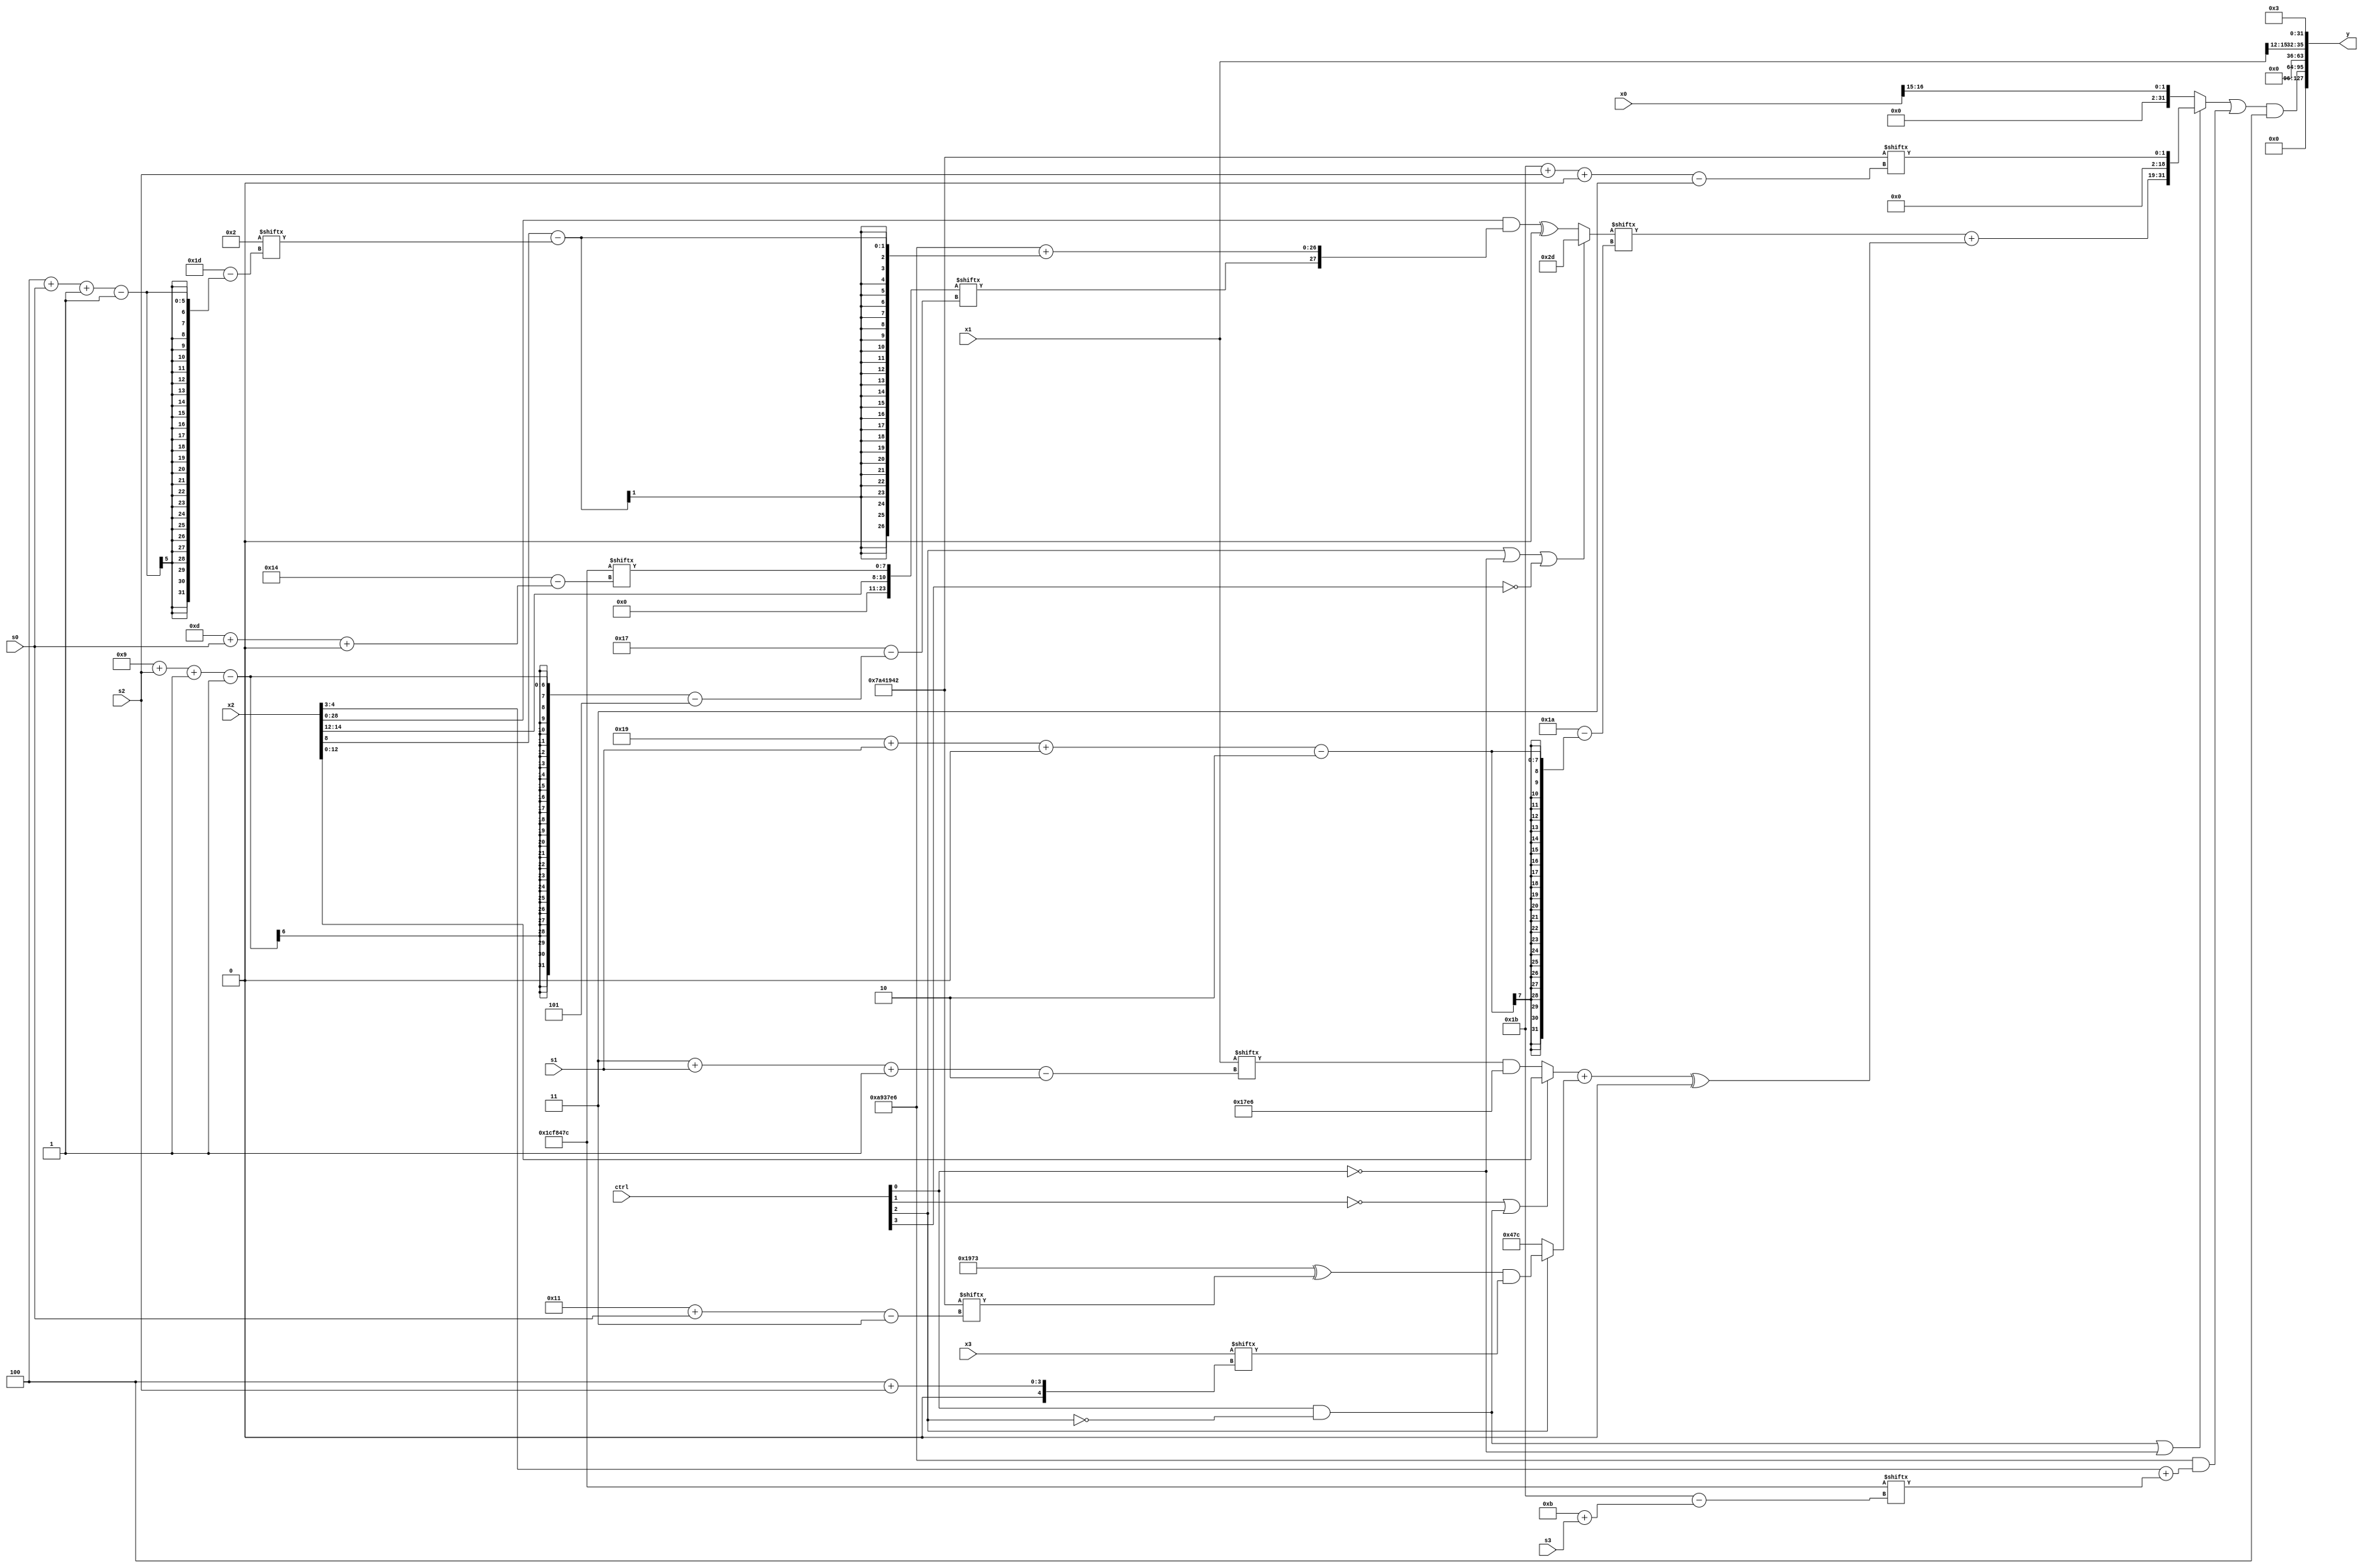
module partsel_00782(ctrl, s0, s1, s2, s3, x0, x1, x2, x3, y);
  input [3:0] ctrl;
  input [2:0] s0;
  input [2:0] s1;
  input [2:0] s2;
  input [2:0] s3;
  input [31:0] x0;
  input signed [31:0] x1;
  input signed [31:0] x2;
  input [31:0] x3;
  wire [5:28] x4;
  wire [6:25] x5;
  wire signed [3:31] x6;
  wire [2:28] x7;
  wire signed [25:6] x8;
  wire [0:29] x9;
  wire signed [24:1] x10;
  wire signed [28:3] x11;
  wire signed [2:24] x12;
  wire signed [2:30] x13;
  wire [27:0] x14;
  wire signed [25:7] x15;
  output [127:0] y;
  wire signed [31:0] y0;
  wire signed [31:0] y1;
  wire signed [31:0] y2;
  wire signed [31:0] y3;
  assign y = {y0,y1,y2,y3};
  localparam signed [27:1] p0 = 950613990;
  localparam signed [31:3] p1 = 128194882;
  localparam signed [0:24] p2 = 743676275;
  localparam [0:27] p3 = 30377084;
  assign x4 = {x2[14 -: 3], p3[13 + s0 +: 8]};
  assign x5 = x1[3 + s1 -: 2];
  assign x6 = (((!ctrl[1] || ctrl[0] && !ctrl[2] ? {p2, {2{x2}}} : {p0[8 + s2], (x5 & p0)}) + (ctrl[2] && !ctrl[2] || !ctrl[2] ? p3 : ((p2 ^ p1[17 + s0]) & x3[4 + s2]))) ^ {2{p2[15 -: 2]}});
  assign x7 = p3[16 + s3 -: 1];
  assign x8 = x2[15 -: 3];
  assign x9 = p1[10 +: 3];
  assign x10 = ({2{p0}} ^ ((!ctrl[1] && !ctrl[0] && !ctrl[0] ? ((p0[16 +: 2] ^ x4[14 +: 4]) ^ p1[6 + s0]) : (ctrl[0] || !ctrl[2] || ctrl[1] ? (ctrl[2] && !ctrl[0] || ctrl[3] ? p0[10] : p3[15 +: 2]) : {2{x8[23 -: 4]}})) - p1[22 + s1 +: 2]));
  assign x11 = ({(!ctrl[0] && ctrl[2] || ctrl[0] ? ({2{x7[28 + s0 -: 5]}} - (x2[8 + s3] + x1[12 + s1])) : x5[22 + s1 +: 5]), (!ctrl[2] && !ctrl[3] && !ctrl[0] ? {2{((p3[0 + s0 +: 5] + x7) ^ p2[11 + s0 +: 5])}} : p0[15])} - p1[20 + s0 -: 3]);
  assign x12 = {2{x2}};
  assign x13 = (ctrl[2] || !ctrl[0] || !ctrl[3] ? {2{p1[9 +: 3]}} : ((x2 & {x4[9 + s2 -: 1], (p0 + (x2[8] - x9[4 + s0 -: 1]))}) ^ p3[20]));
  assign x14 = p0[4 + s2];
  assign x15 = p1[27 + s2 +: 2];
  assign y0 = x8[15 +: 1];
  assign y1 = (({{x7[13 + s1 -: 1], (ctrl[1] || ctrl[1] && !ctrl[1] ? x15[11 +: 2] : p1[12 -: 2])}, (ctrl[0] && !ctrl[2] || !ctrl[0] ? {(x13[25 + s1 +: 3] + x6), x15} : x0[15 +: 2])} | (p0 & ((!ctrl[2] && ctrl[2] && !ctrl[2] ? x5 : x12[21 -: 2]) + p3[11 + s3]))) & {p2[16], x7[23 -: 2]});
  assign y2 = x1[15 -: 4];
  assign y3 = {2{p3[11]}};
endmodule